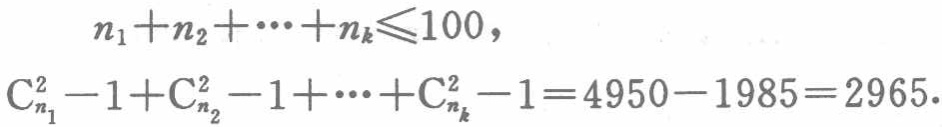
\[

\begin{align*}

n_1 + n_2 + \cdots + n_k &\leqslant 100,\\

\mathrm{C}_{n_1}^2 - 1 + \mathrm{C}_{n_2}^2 - 1 + \cdots + \mathrm{C}_{n_k}^2 - 1 &= 4950 - 1985 = 2965.

\end{align*}

\]